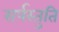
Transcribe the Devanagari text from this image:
सर्पस्तुति